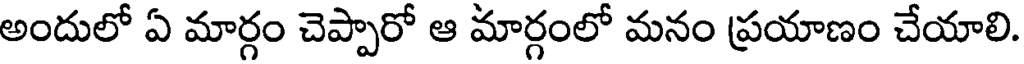
అందులో ఏ మార్గం చెప్పారో ఆ మార్గంలో మనం ప్రయాణం చేయాలి.